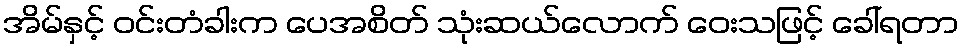
အိမ်နှင့် ဝင်းတံခါးက ပေအစိတ် သုံးဆယ်လောက် ဝေးသဖြင့် ခေါ်ရတာ